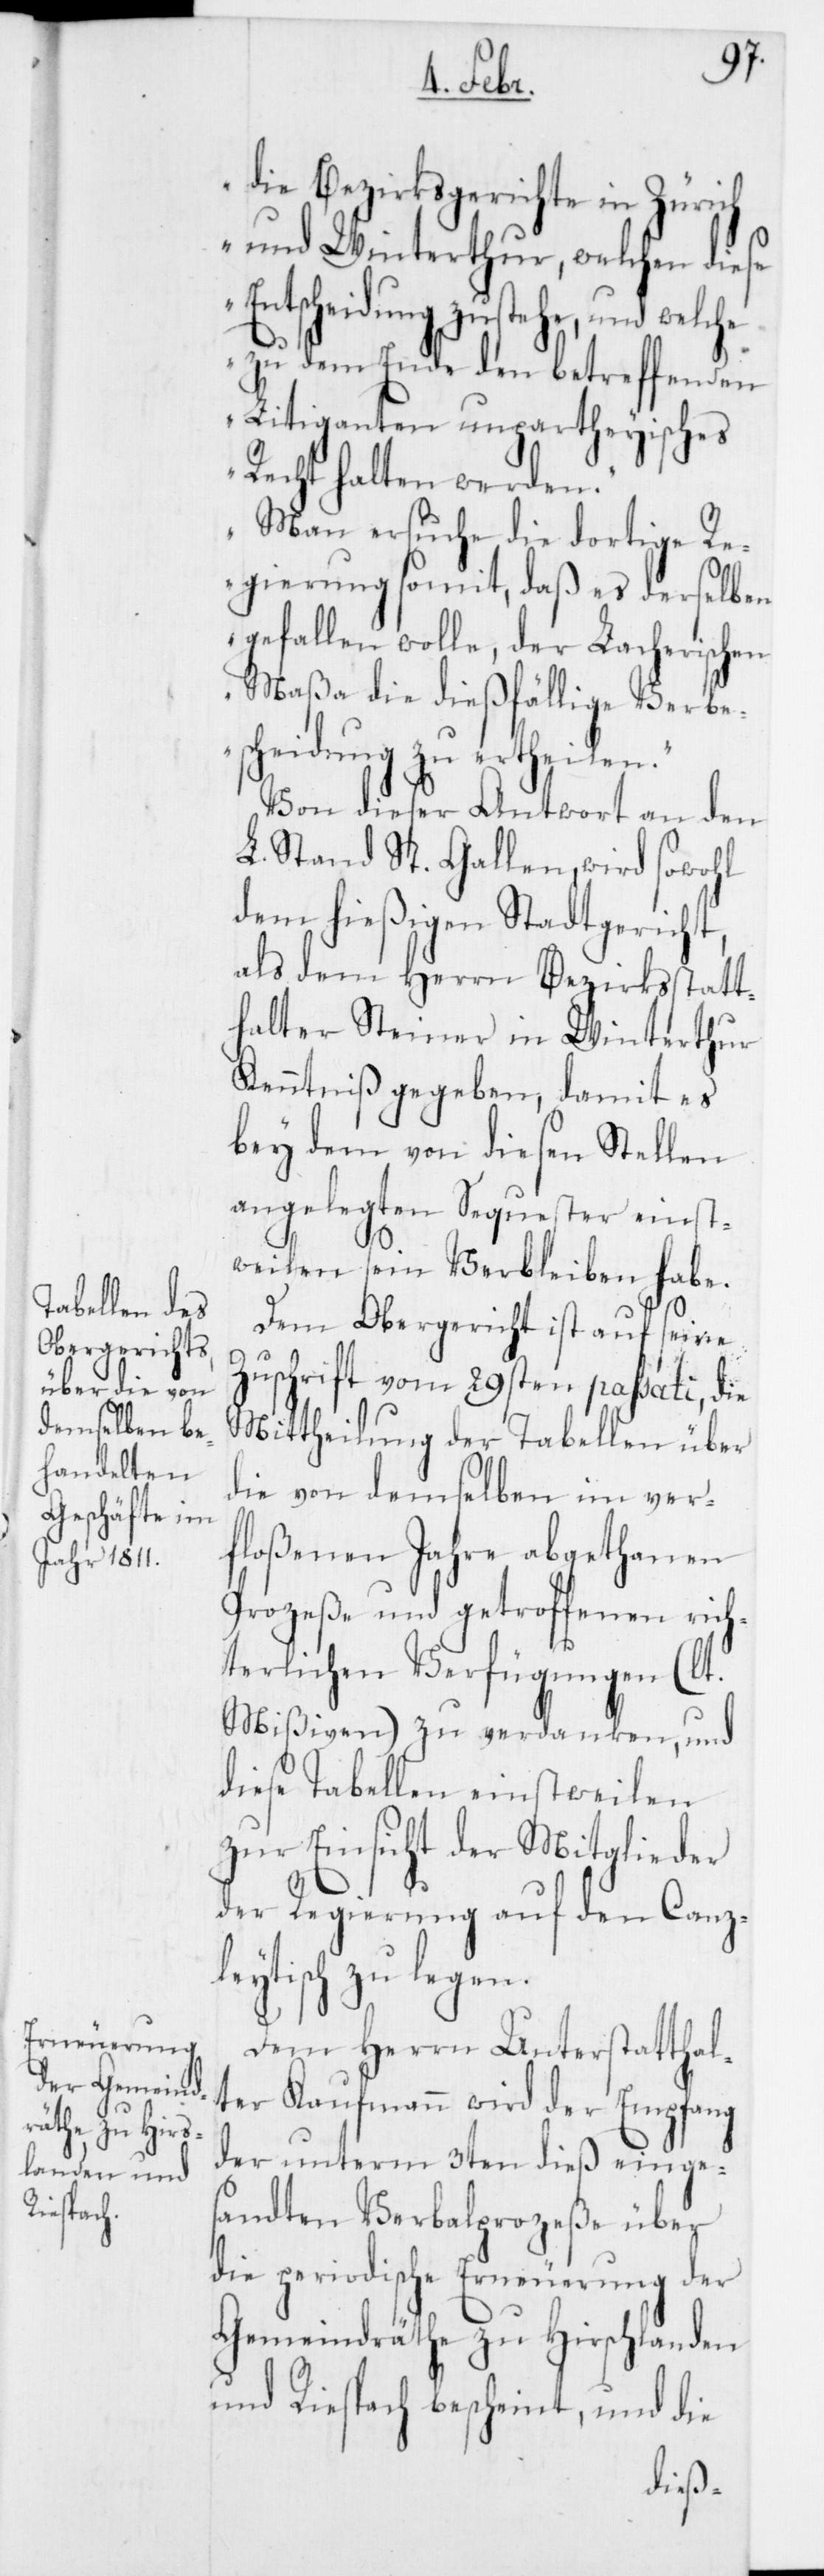
die Bezirksgerichte in Zürich
und Winterthur, welchen diese
Entscheidung zustehe, und welche
zu dem Ende den betreffenden
Litiganten unpartheyisches
Recht halten werden.
Man ersuche die dortige Re¬
gierung somit, daß es derselben
gefallen wolle, der Lacherischen
Maßa die dießfällige Verbe¬
scheidung zu ertheilen.“
Von dieser Antwort an den
L. Stand St. Gallen wird sowohl
dem hießigen Stadtgericht,
als dem Herrn Bezirksstatt¬
halter Steiner in Winterthur
Kenntniß gegeben, damit es
bey dem von diesen Stellen
angelegten Sequester einst¬
weilen sein Verbleiben habe.
Dem Obergericht ist auf seine
Zuschrift vom 29sten passati, die
Mittheilung der Tabellen über
die von demselben im ver¬
floßenen Jahre abgethanen
Prozeße und getroffenen rich¬
terlichen Verfügungen (lt.
Mißiven) zu verdanken, und
diese Tabellen einstweilen
zur Einsicht der Mitglieder
der Regierung auf den Canzl¬
eytisch zu legen.
Dem Herrn Unterstatthal¬
ter Kaufmann wird der Empfang
der unterm 3ten dieß einge¬
sandten Verbalprozeße über
die periodische Erneuerung der
Gemeindräthe zu Hirschlanden
und Riespach bescheint, und die